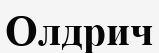
Олдрич